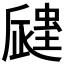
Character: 𧏁